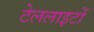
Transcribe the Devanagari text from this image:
टेललाइटों